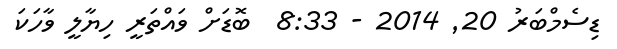
ޑިސެމްބަރު 20